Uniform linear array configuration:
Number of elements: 8
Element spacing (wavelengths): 1
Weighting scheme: kaiser
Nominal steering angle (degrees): -15
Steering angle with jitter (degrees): -14.354
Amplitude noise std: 0.05
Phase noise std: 0.05

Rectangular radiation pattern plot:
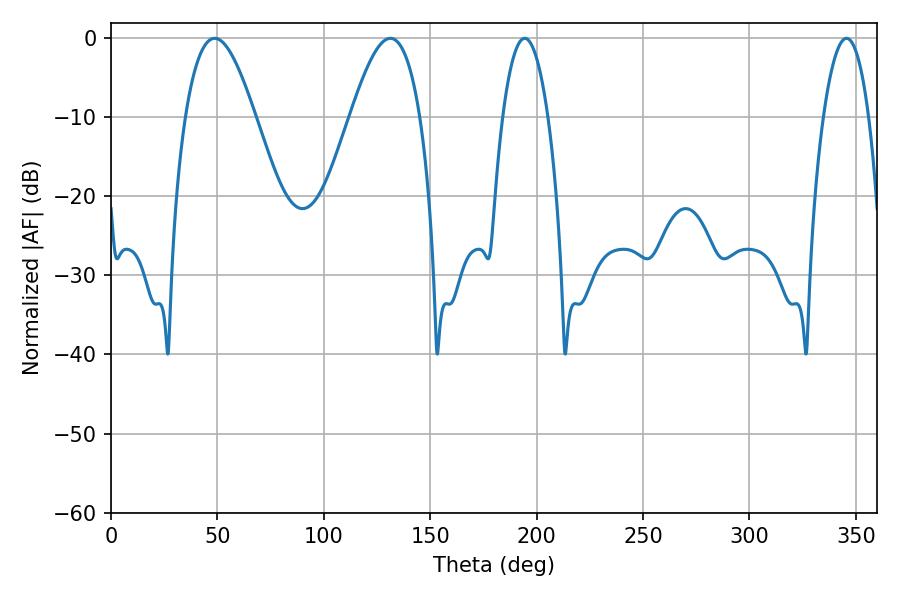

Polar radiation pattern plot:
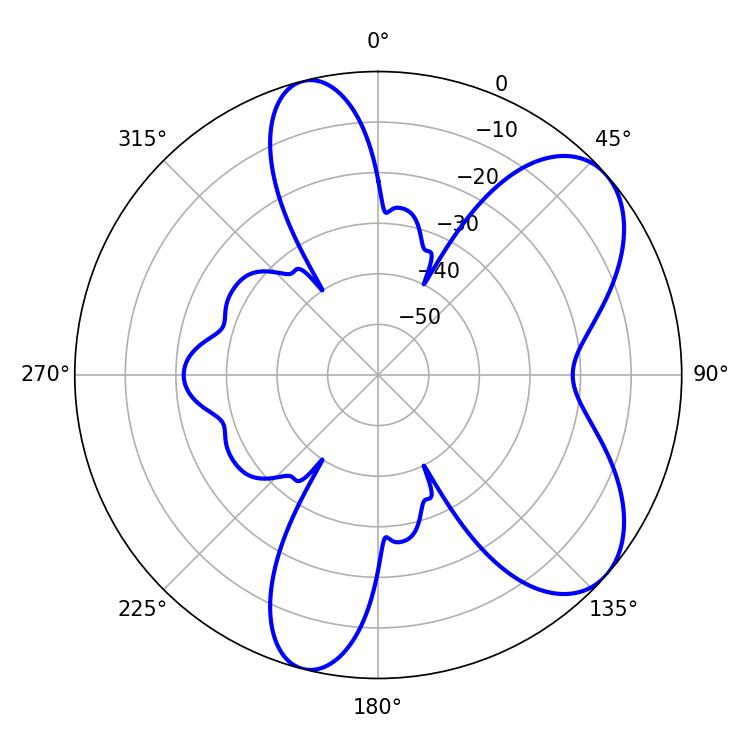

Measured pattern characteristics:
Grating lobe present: TRUE
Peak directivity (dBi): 6.937
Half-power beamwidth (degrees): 11.7
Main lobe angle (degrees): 194.4